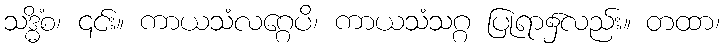
သဒ္ဓိံစ၊ ၎င်း။ ကာယသံလဂ္ဂေပိ၊ ကာယသံသဂ္ဂ ပြုရာ၌လည်း။ တထာ၊